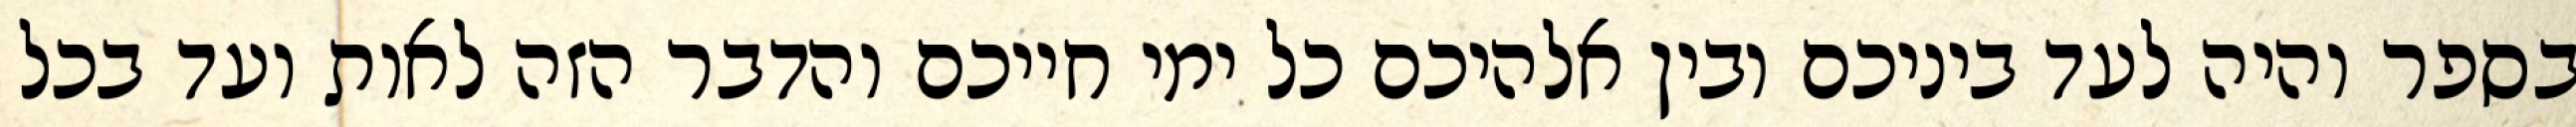
בספר והיה לעד ביניכם ובין אלהיכם כל ימי חייכם והדבר הזה לאות ועד בכל